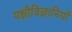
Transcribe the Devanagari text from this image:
पक्षीविज्ञानियों